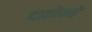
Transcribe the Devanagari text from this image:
दातोम्ने